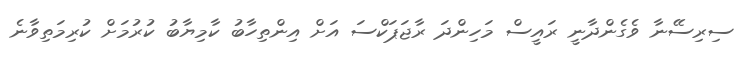
ސިރިސޭނާ ވެގެންދާނީ ރައީސް މަހިންދަ ރާޖަޕަކްސަ އަށް އިންތިހާބު ކާމިޔާބު ކުރުމަށް ކުރިމަތިވާނެ